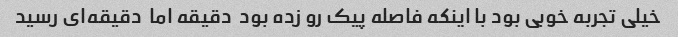
خیلی تجربه خوبی بود با اینکه فاصله پیک رو زده بود  دقیقه اما  دقیقه‌ای رسید